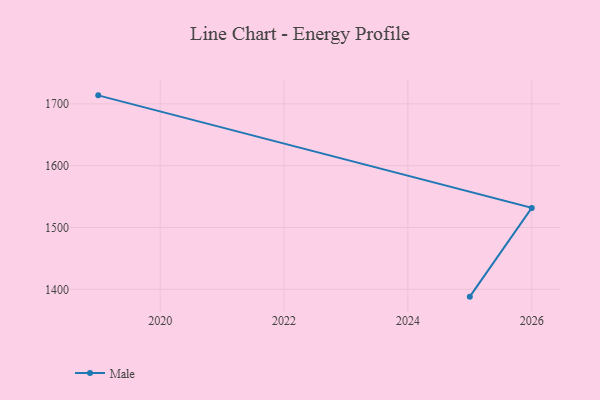
{"axis": {"x": "Year", "y": "Shipments"}, "legend": ["Male"], "data": [{"x": "2019", "y": 1713.7, "type": "Male"}, {"x": "2026", "y": 1531.7, "type": "Male"}, {"x": "2025", "y": 1388.2, "type": "Male"}]}